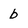
Character: b